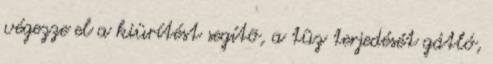
végezze el a kiürítést segítõ, a tûz terjedését gátló,